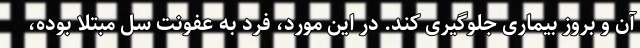
آن و بروز بیماری جلوگیری کند. در این مورد، فرد به عفونت سل مبتلا بوده،